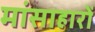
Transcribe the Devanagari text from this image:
मांसाहारों